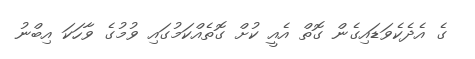
ގެ އެދެކެވަޑައިގެން ގޮތް އެއީ ކުށް ގޮތެއްކަމުގައި ވުމުގެ ވާހަކަ އިބްނު